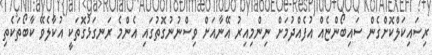
ރިސައިކަލްކޮށްގެން ސައިބޯންޏެއް އުފެއްދުމަށް ނިންމިއިރު އޭނާއަށް ވިސްނުނުގޮތުގައި އެންމެ ރަނގަޅުގޮތަކީ އުކާލެވޭ ކާބޯތަކެތި